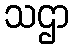
သဌာ